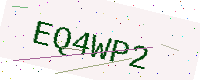
Text: EQ4WP2